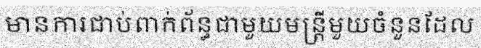
មានការជាប់ពាក់ព័ន្ធជាមួយមន្ត្រីមួយចំនួនដែល